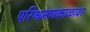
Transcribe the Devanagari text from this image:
परिभ्रमणकाळावर